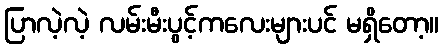
ပြာလဲ့လဲ့ လမ်းမီးပွင့်ကလေးများပင် မရှိတော့။